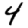
Digit: 4